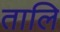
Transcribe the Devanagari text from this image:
तालि